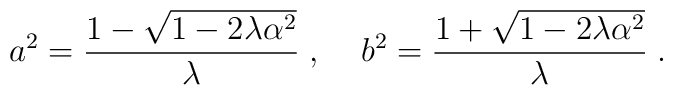
a^2 = \frac{1 - \sqrt{1 - 2 \lambda \alpha^2}}{\lambda} \; , \; \; \; \; b^2 = \frac{1 + \sqrt{1 - 2 \lambda \alpha^2}}{\lambda} \; .